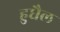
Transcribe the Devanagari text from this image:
हुधैल